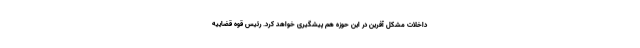
داخلات مشکل آفرین در این حوزه هم پیشگیری خواهد کرد. رئیس قوه قضاییه